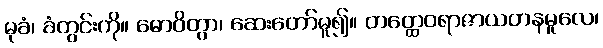
မုခံ၊ ခံတွင်းကို။ ဓောဝိတွာ၊ ဆေးတော်မူ၍။ တတ္ထေဝရာဇာယတနမူလေ၊